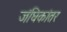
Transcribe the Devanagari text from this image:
जंघिकांतर